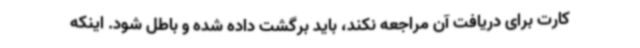
کارت برای دریافت آن مراجعه نکند، باید برگشت داده شده و باطل شود. اینکه